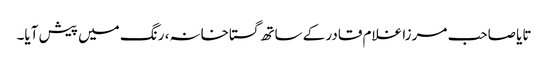
تایا صاحب مرزا غلام قادر کے ساتھ گستاخانہ، رنگ میں پیش آیا۔